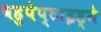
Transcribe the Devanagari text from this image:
बहुपेप्टाइड्ने